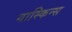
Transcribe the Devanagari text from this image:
गास्किन्स